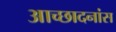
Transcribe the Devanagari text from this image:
आच्छादनांस